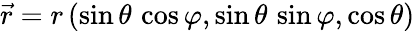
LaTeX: \vec{r}=r\, (\sin\theta\, \cos\varphi,\sin\theta\, \sin\varphi,\cos\theta)